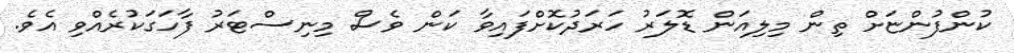
ކުންފުންޏަށް ތިން މިލިއަން ޑޮލަރު ހަރަދުކޮށްފައިވާ ކަން ވެސް މިނިސްޓަރު ފާހަގަކުރެއްވި އެވެ.